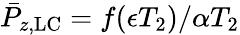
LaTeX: \bar{P}_{z,\mathrm{LC}}=f(\epsilon T_{2})/\alpha T_{2}